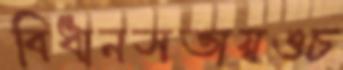
বিধানসভায়ওচ